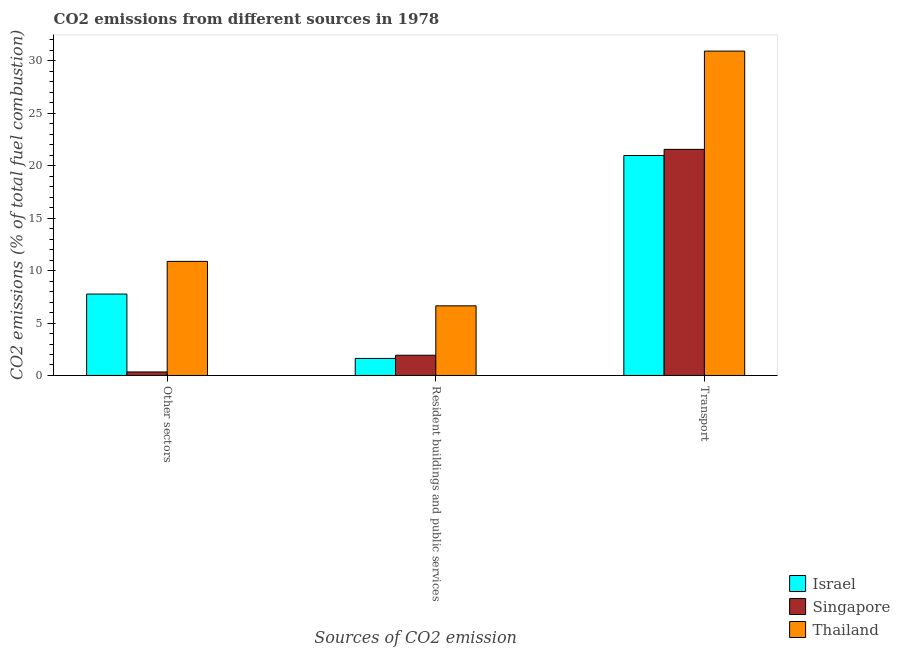
| Sources of CO2 emission | Israel | Singapore | Thailand |
 | --- | --- | --- | --- |
 | Other sectors | 7.76 | 0.336 | 10.9 |
 | Resident buildings and public services | 1.63 | 1.93 | 6.64 |
 | Transport | 21 | 21.6 | 30.9 |